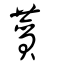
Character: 賛